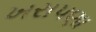
ખરાપણા